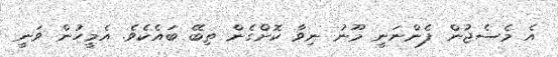
އެ މެސެޖުން ފެންނަނީ މޫނު ނިވާ ކޮށްގެން ތިބޭ ބައެކެވެ. އެމީހުން ވަނީ